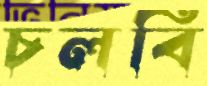
চলবি